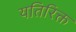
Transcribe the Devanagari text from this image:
यतिरिक्त